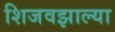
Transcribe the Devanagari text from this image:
शिजवझाल्या